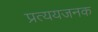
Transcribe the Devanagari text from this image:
प्रत्ययजनक